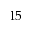
1 5